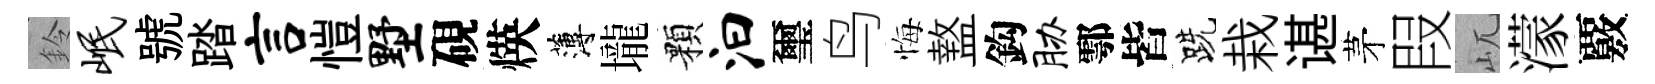
鈴岷號踏言愷墅硯煐薄壠顆汩璽鸟悔盩鈎胁鄠皆跣栽谌茅叚屼濛覈